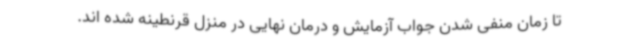
تا زمان منفی شدن جواب آزمایش و درمان نهایی در منزل قرنطینه شده اند.